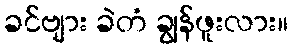
ခင်ဗျား ခဲတံ ချွန်ဖူးလား။